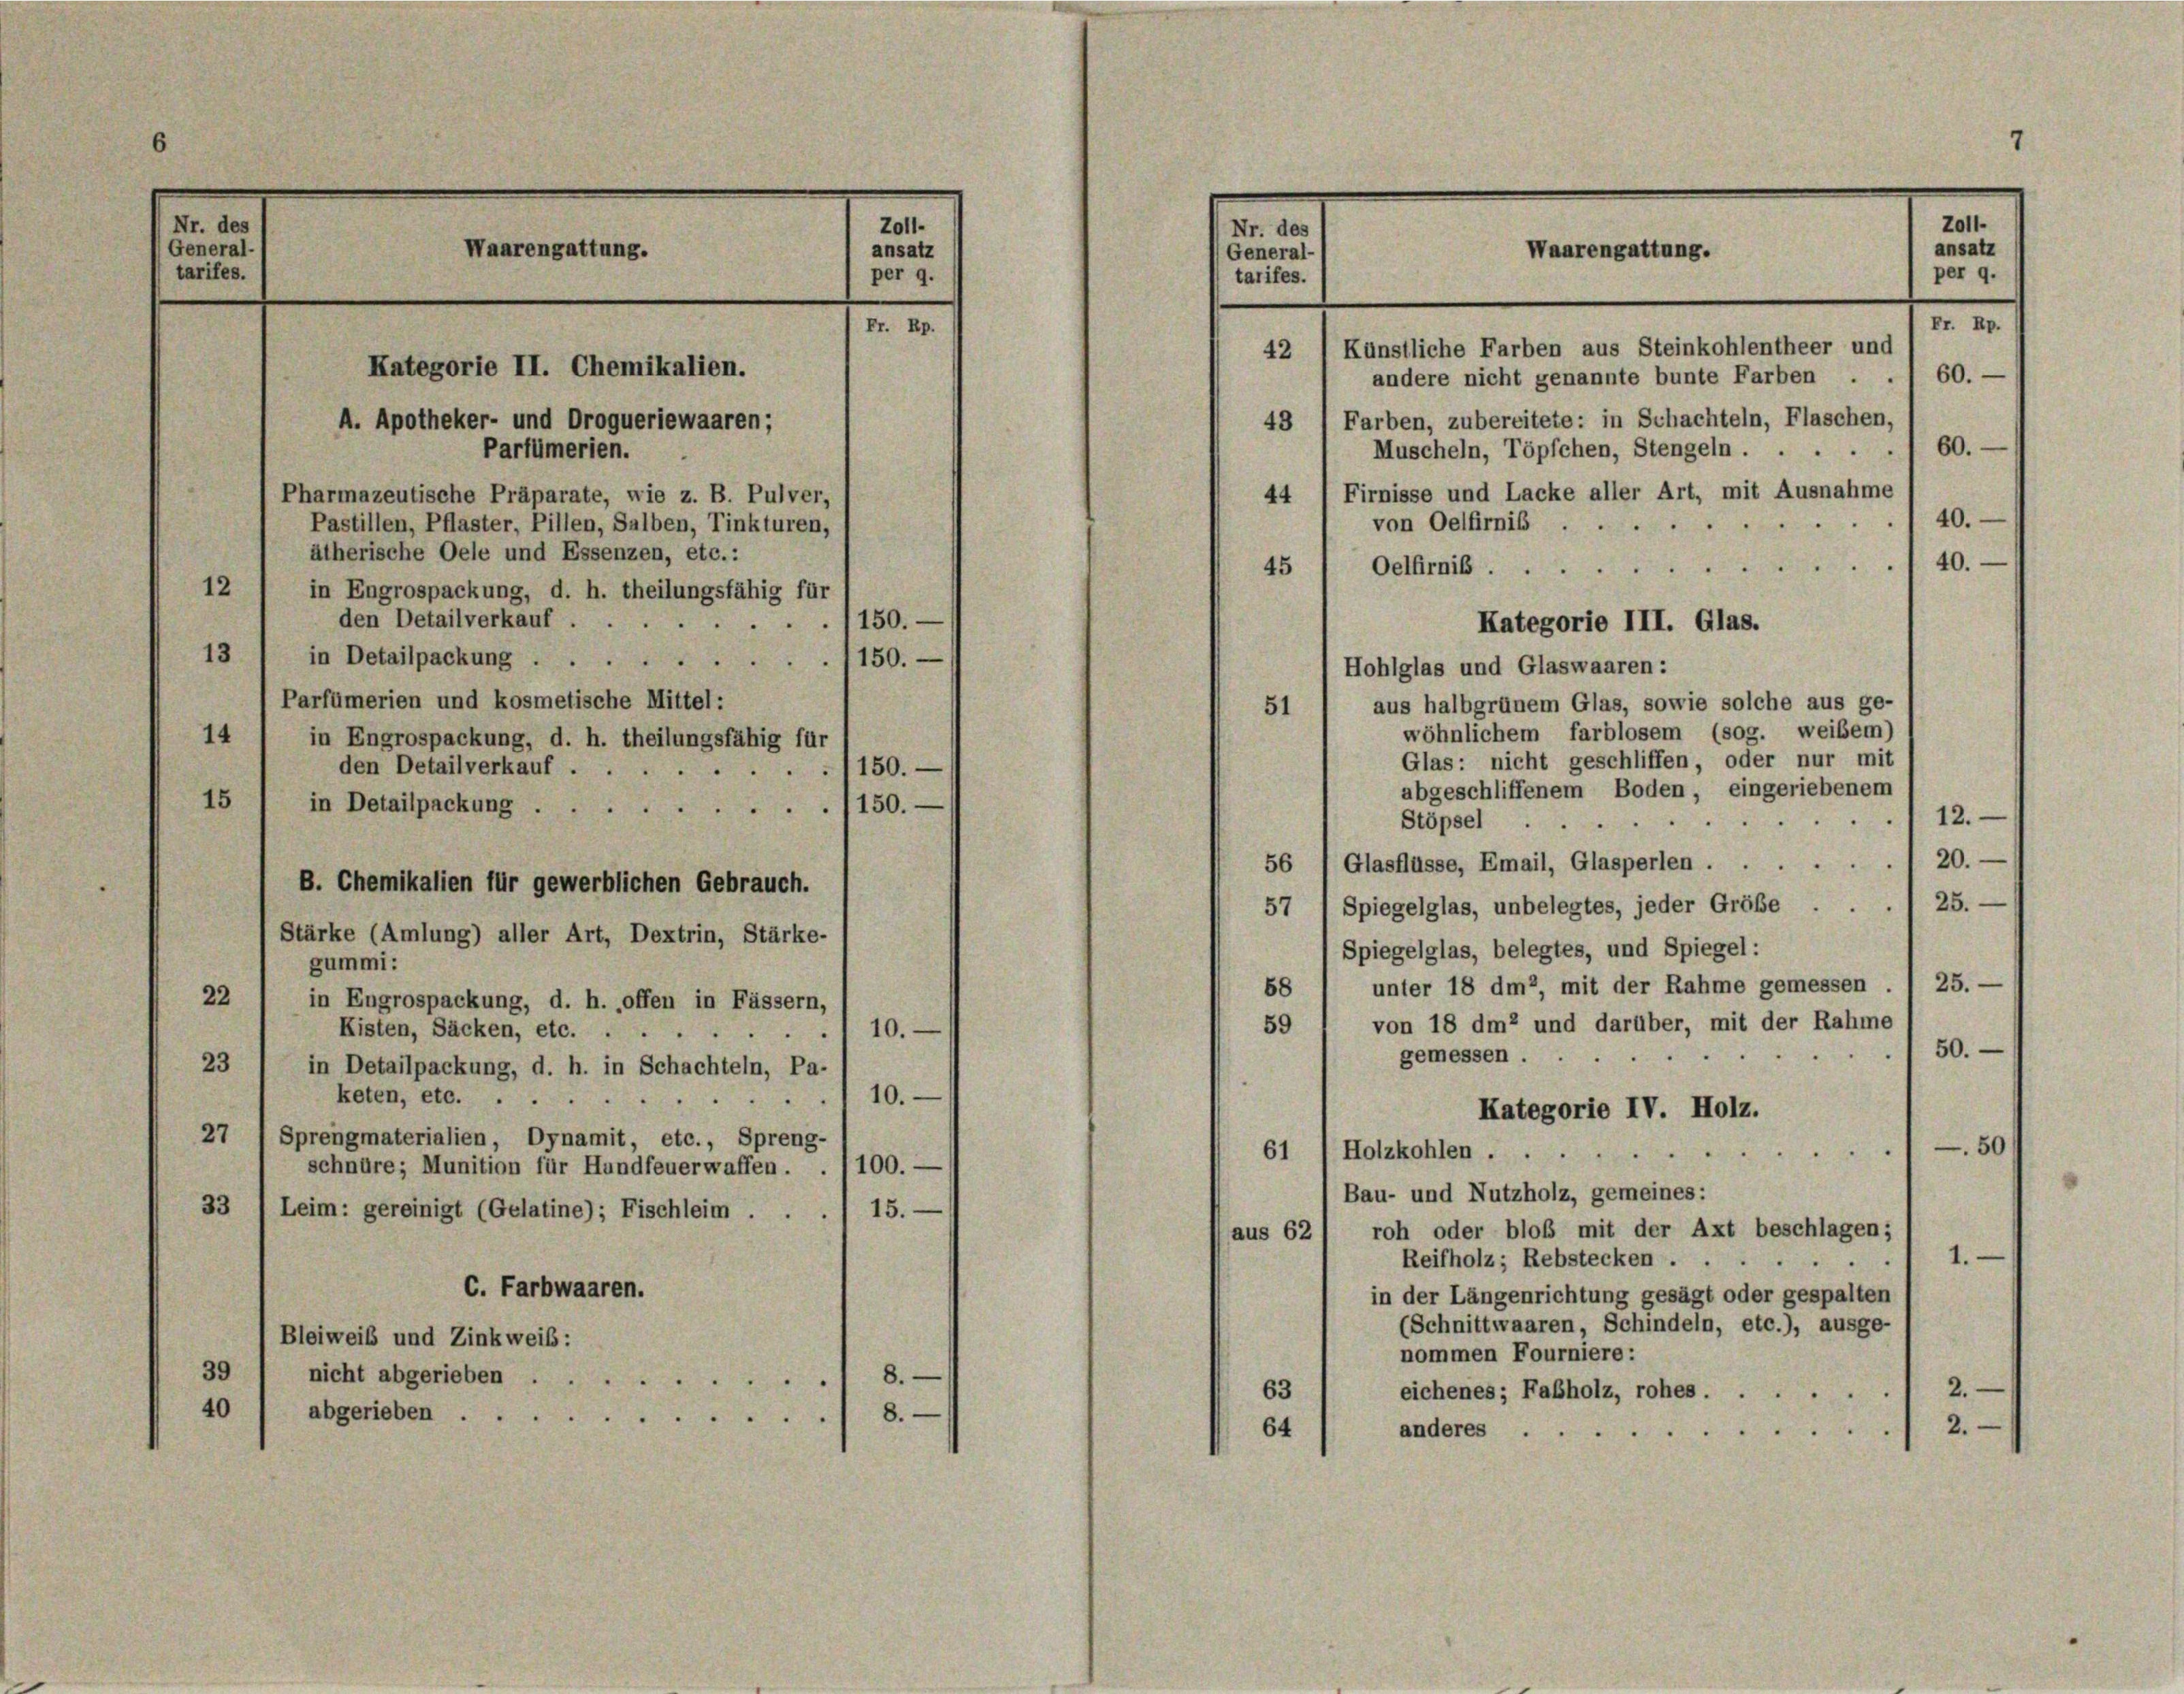
Nr. der
General-
tarifes.

12
den Detailverkauf . .
13 1 in Detailpackung
Parfümerien und kosmetische Mittel:
14
in Engrospackung, d. h. theilungsfähig für
den Detailverkauf . .
15 1 in Detailpackung 150.-
B. Chemikalien für gewerblichen Gebrauch.
Stärke (Amlung) aller Art, Dextrin, Stärke-
gummi:
22
in Engrospackung, d. h. offen in Fässern,
Kisten, Säcken, etc. .
10.
23
in Detailpackung, d. h. in Schachteln, Pa-
keten, etc.
27 1 Sprengmaterialien, Dynamit, etc., Spreng-
schnüre; Munition für Hundfeuerwaffen . . 100. —
33 1 Leim: gereinigt (Gelatine); Fischleim . . 15.
C. Farbwaaren.
Bleiweiß und Zinkweib:
39 1 nicht abgerieben 8.
40 / abgerieben 8.

Waarengattung.

Kategorie II. Chemikalien.
A. Apotheker- und Droqueriewaaren;
Partümerien.
Pharmazeutische Präparate, wie z. B. Pulver,
Pastillen, Pflaster, Pillen, Salben, Tinkturen,
ätherische Oele und Essenzen, etc.:
in Engrospackung, d. h. theilungsfähig für

150.
1150.

Z011.
ansatz
per 9.

150.

10.

Nr. der
Waarengattung.
General-
tarifes.
42 l Künstliche Farben aus Steinkohlentheer und
60.
andere nicht genannte bunte Farben
48 1 Farben, zubereitete: in Schachteln, Flaschen,
60.
Muscheln, Töpfchen, Stengeln.
.
Firnisse und Lacke aller Art, mit Ausnahme
44
40.
von Oelfirnis

2
40.

45 / Oelfirnis ..

Kategorie III. Glas.

Zoll-
ansatz
per 9.

Fr. Rp.

Hohlglas und Glaswaaren:
aus halbgrünem Glas, sowie solche aus ge-
51
wöhnlichem farblosem (sog. weibem)
Glas: nicht geschliffen, oder nur mit
abgeschliffenem Boden, eingeriebenem
12.
.
Stöpsel
x
120.
56 1 Glasflüsse, Email, Glasperlen .
57 1 Spiegelglas, unbelegtes, jeder Größe . . . 25. -
Spiegelglas, belegtes, und Spiegel:
58 / unter 18 dm2, mit der Rahme gemessen . . 25. —
59 1 von 18 dm2 und darüber, mit der Rahme
50.
gemessen.
Kategorie IV. Holz.
50
aissa
61 / Holzkohlen ....
Bau- und Nutzholz, gemeines:
roh oder bloß mit der Axt beschlagen;
aus 62
1.
Reifholz; Rebstecken . .
in der Längenrichtung gesagt oder gespalten
(Schnittwaaren, Schindeln, etc.), ausge-
nommen Fourniere:
63
eichenes; Fabholz, rohes ... 2.
64
2
anderes